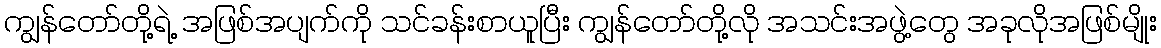
ကျွန်တော်တို့ရဲ့ အဖြစ်အပျက်ကို သင်ခန်းစာယူပြီး ကျွန်တော်တို့လို အသင်းအဖွဲ့တွေ အခုလိုအဖြစ်မျိုး